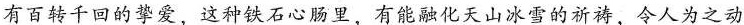
有百转千回的挚爱，这种铁石心肠里，有能融化天山冰雪的祈祷，令人为之动